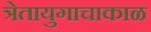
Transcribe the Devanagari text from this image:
त्रेतायुगाचाकाळ